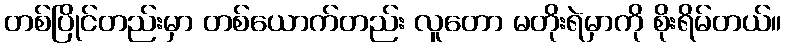
တစ်ပြိုင်တည်းမှာ တစ်ယောက်တည်း လူတော မတိုးရဲမှာကို စိုးရိမ်တယ်။